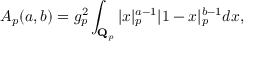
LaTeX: A _ { p } ( a , b ) = g _ { p } ^ { 2 } \int _ { { \bf Q } _ { p } } \vert x \vert _ { p } ^ { a - 1 } | 1 - x | _ { p } ^ { b - 1 } d x ,